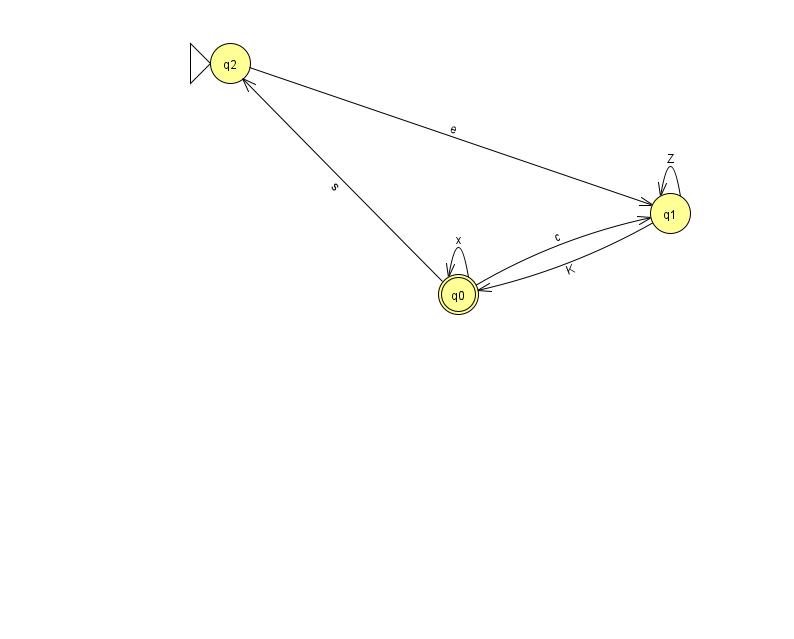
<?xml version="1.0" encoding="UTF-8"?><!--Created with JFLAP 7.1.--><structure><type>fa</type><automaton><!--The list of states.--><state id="0" name="q0"><x>458.0</x><y>281.0</y><final/></state><state id="1" name="q1"><x>670.0</x><y>200.0</y></state><state id="2" name="q2"><x>230.0</x><y>50.0</y><initial/></state><!--The list of transitions.--><transition><from>2</from><to>1</to><read>e</read></transition><transition><from>1</from><to>0</to><read>K</read></transition><transition><from>0</from><to>0</to><read>x</read></transition><transition><from>0</from><to>2</to><read>s</read></transition><transition><from>1</from><to>1</to><read>Z</read></transition><transition><from>0</from><to>1</to><read>c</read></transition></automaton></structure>